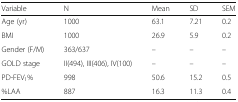
<table><thead><tr><td><b>Variable</b></td><td><b>N</b></td><td><b>Mean</b></td><td><b>SD</b></td><td><b>SEM</b></td></tr></thead><tbody><tr><td>Age (yr)</td><td>1000</td><td>63.1</td><td>7.21</td><td>0.2</td></tr><tr><td>BMI</td><td>1000</td><td>26.9</td><td>5.9</td><td>0.2</td></tr><tr><td>Gender (F/M)</td><td>363/637</td><td>–</td><td>–</td><td>–</td></tr><tr><td>GOLD stage</td><td>II(494), III(406), IV(100)</td><td>–</td><td>–</td><td>–</td></tr><tr><td>PD-FEV<sub>1</sub>%</td><td>998</td><td>50.6</td><td>15.2</td><td>0.5</td></tr><tr><td>%LAA</td><td>887</td><td>16.3</td><td>11.3</td><td>0.4</td></tr></tbody></table>